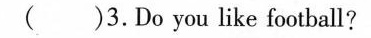
( )3.Do you like football?